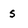
Character: s